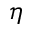
\eta